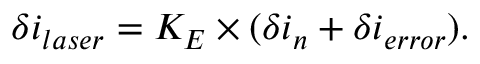
\delta i _ { l a s e r } = K _ { E } \times ( \delta i _ { n } + \delta i _ { e r r o r } ) .